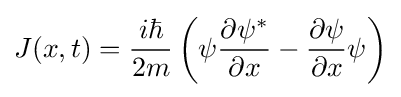
J(x,t)={\frac {i\hbar }{2m}}\left(\psi {\frac {\partial \psi ^{*}}{\partial x}}-{\frac {\partial \psi }{\partial x}}\psi \right)